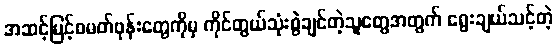
အဆင့်မြင့်စမတ်ဖုန်းတွေကိုမှ ကိုင်တွယ်သုံးစွဲချင်တဲ့သူတွေအတွက် ရွေးချယ်သင့်တဲ့